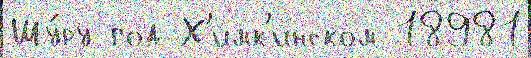
Шу́ру год Х'имк'инском 18981